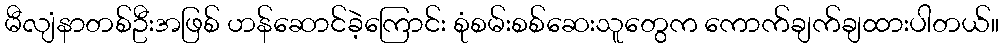
မီလျံနာတစ်ဦးအဖြစ် ဟန်ဆောင်ခဲ့ကြောင်း စုံစမ်းစစ်ဆေးသူတွေက ကောက်ချက်ချထားပါတယ်။